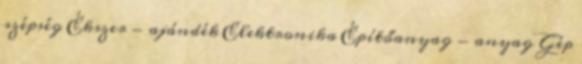
szépség Ékszer - ajándék Elektronika Építőanyag - anyag Gép